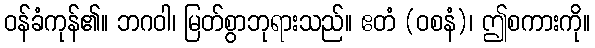
ဝန်ခံကုန်၏။ ဘဂဝါ၊ မြတ်စွာဘုရားသည်။ ဧတံ (ဝစနံ)၊ ဤစကားကို။